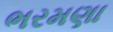
ભરમણા